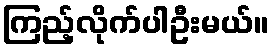
ကြည့်လိုက်ပါဦးမယ်။